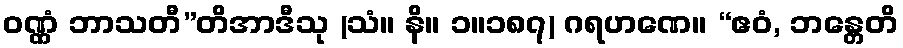
ဝဏ္ဏံ ဘာသတီ”တိအာဒီသု (သံ။ နိ။ ၁။၁၈၇) ဂရဟဏေ။ “ဧဝံ, ဘန္တေတိ